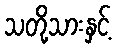
သတို့သားနှင့်